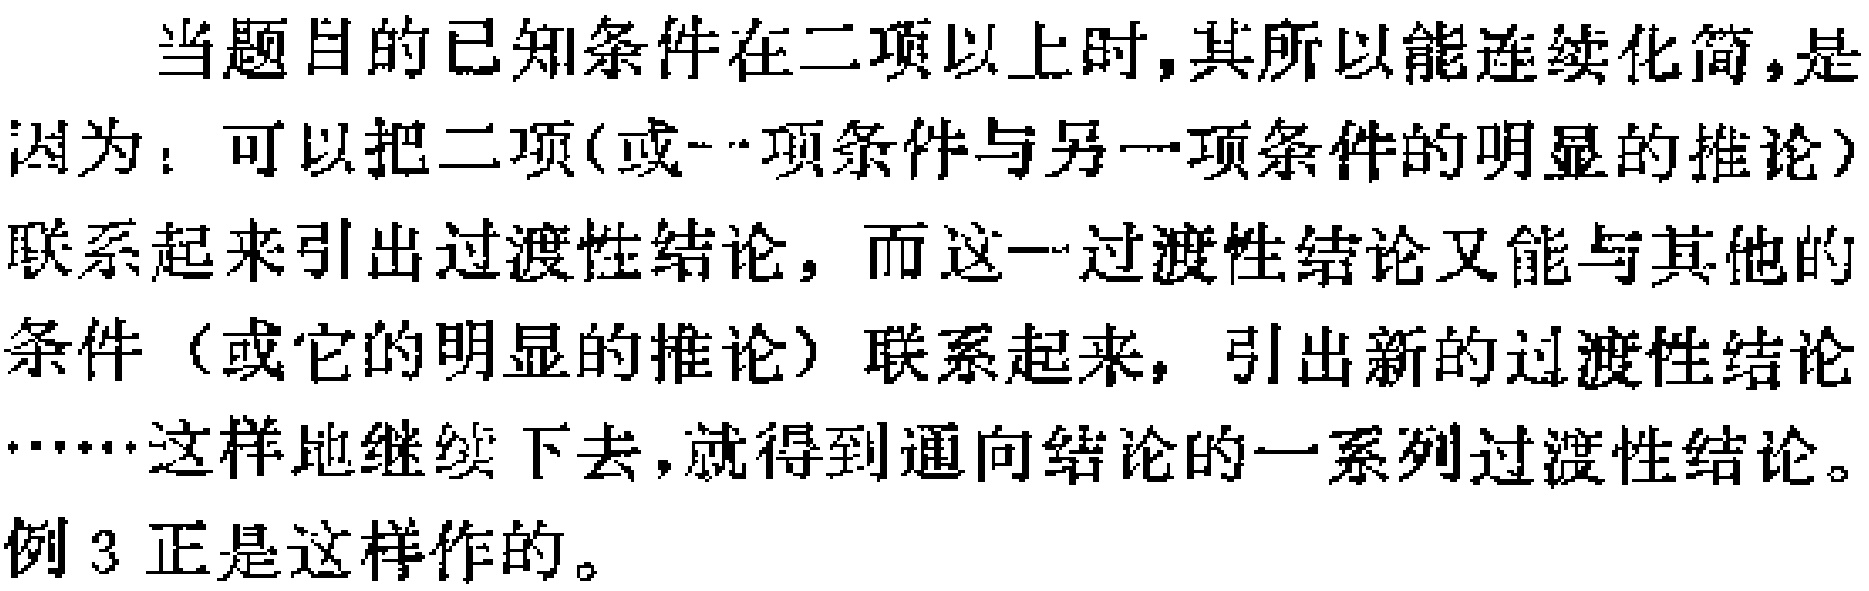
当题目的已知条件在二项以上时，其所以能连续化简，是因为：可以把二项(或一项条件与另一项条件的明显的推论)联系起来引出过渡性结论，而这一过渡性结论又能与其他的条件（或它的明显的推论）联系起来，引出新的过渡性结论……这样地继续下去，就得到通向结论的一系列过渡性结论。例3正是这样作的。